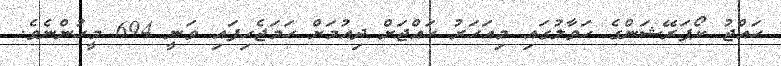
ހައްޖު ކޯޕަރޭޝަންގެ ހަވާލުގައި މިއަހަރު ހައްޖަށް ދިއުމަށް ހަމަޖެހިފައި ވަނީ 694 މީހުންނެވެ.